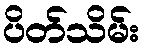
ပိတ်သိမ်း